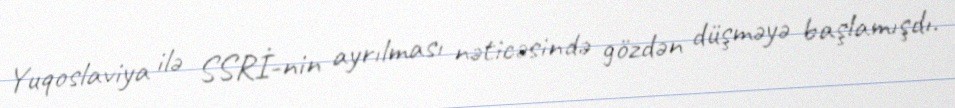
Yuqoslaviya ilə SSRİ-nin ayrılması nəticəsində gözdən düşməyə başlamışdı.